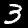
Digit: 3